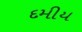
દમીય